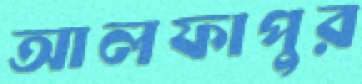
আলফাপুর